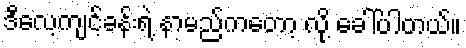
ဒီလေ့ကျင့်ခန်းရဲ့ နာမည်ကတော့ လို့ ခေါ်ပါတယ်။